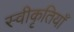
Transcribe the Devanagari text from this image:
स्वीकृतियाँ